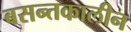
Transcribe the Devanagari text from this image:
बसन्तकालीन